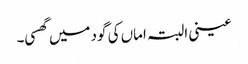
عینی البتہ اماں کی گود میں گھسی۔